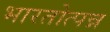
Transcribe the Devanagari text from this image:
भारतोत्पन्न